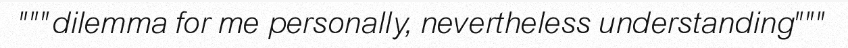
"""dilemma for me personally, nevertheless understanding"""